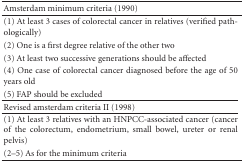
| Amsterdam minimum criteria (1990) |
 | --- |
 | (1) At least 3 cases of colorectal cancer in relatives (verified pathologically) |
 | (2) One is a first degree relative of the other two |
 | (3) At least two successive generations should be affected |
 | (4) One case of colorectal cancer diagnosed before the age of 50 years old |
 | (5) FAP should be excluded |
 | Revised amsterdam criteria II (1998) |
 | (1) At least 3 relatives with an HNPCC-associated cancer (cancer of the colorectum, endometrium, small bowel, ureter or renal pelvis) |
 | (2–5) As for the minimum criteria |